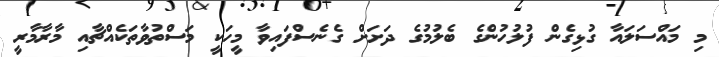
މި މައްސަލައާ ގުޅިގެން ފުލުހުންގެ ބެލުމުގެ ދަށަށް ގެނެސްފައިވާ މީހަކީ މަސްތުވާތަކެއްޗާއި މާރާމާރީ